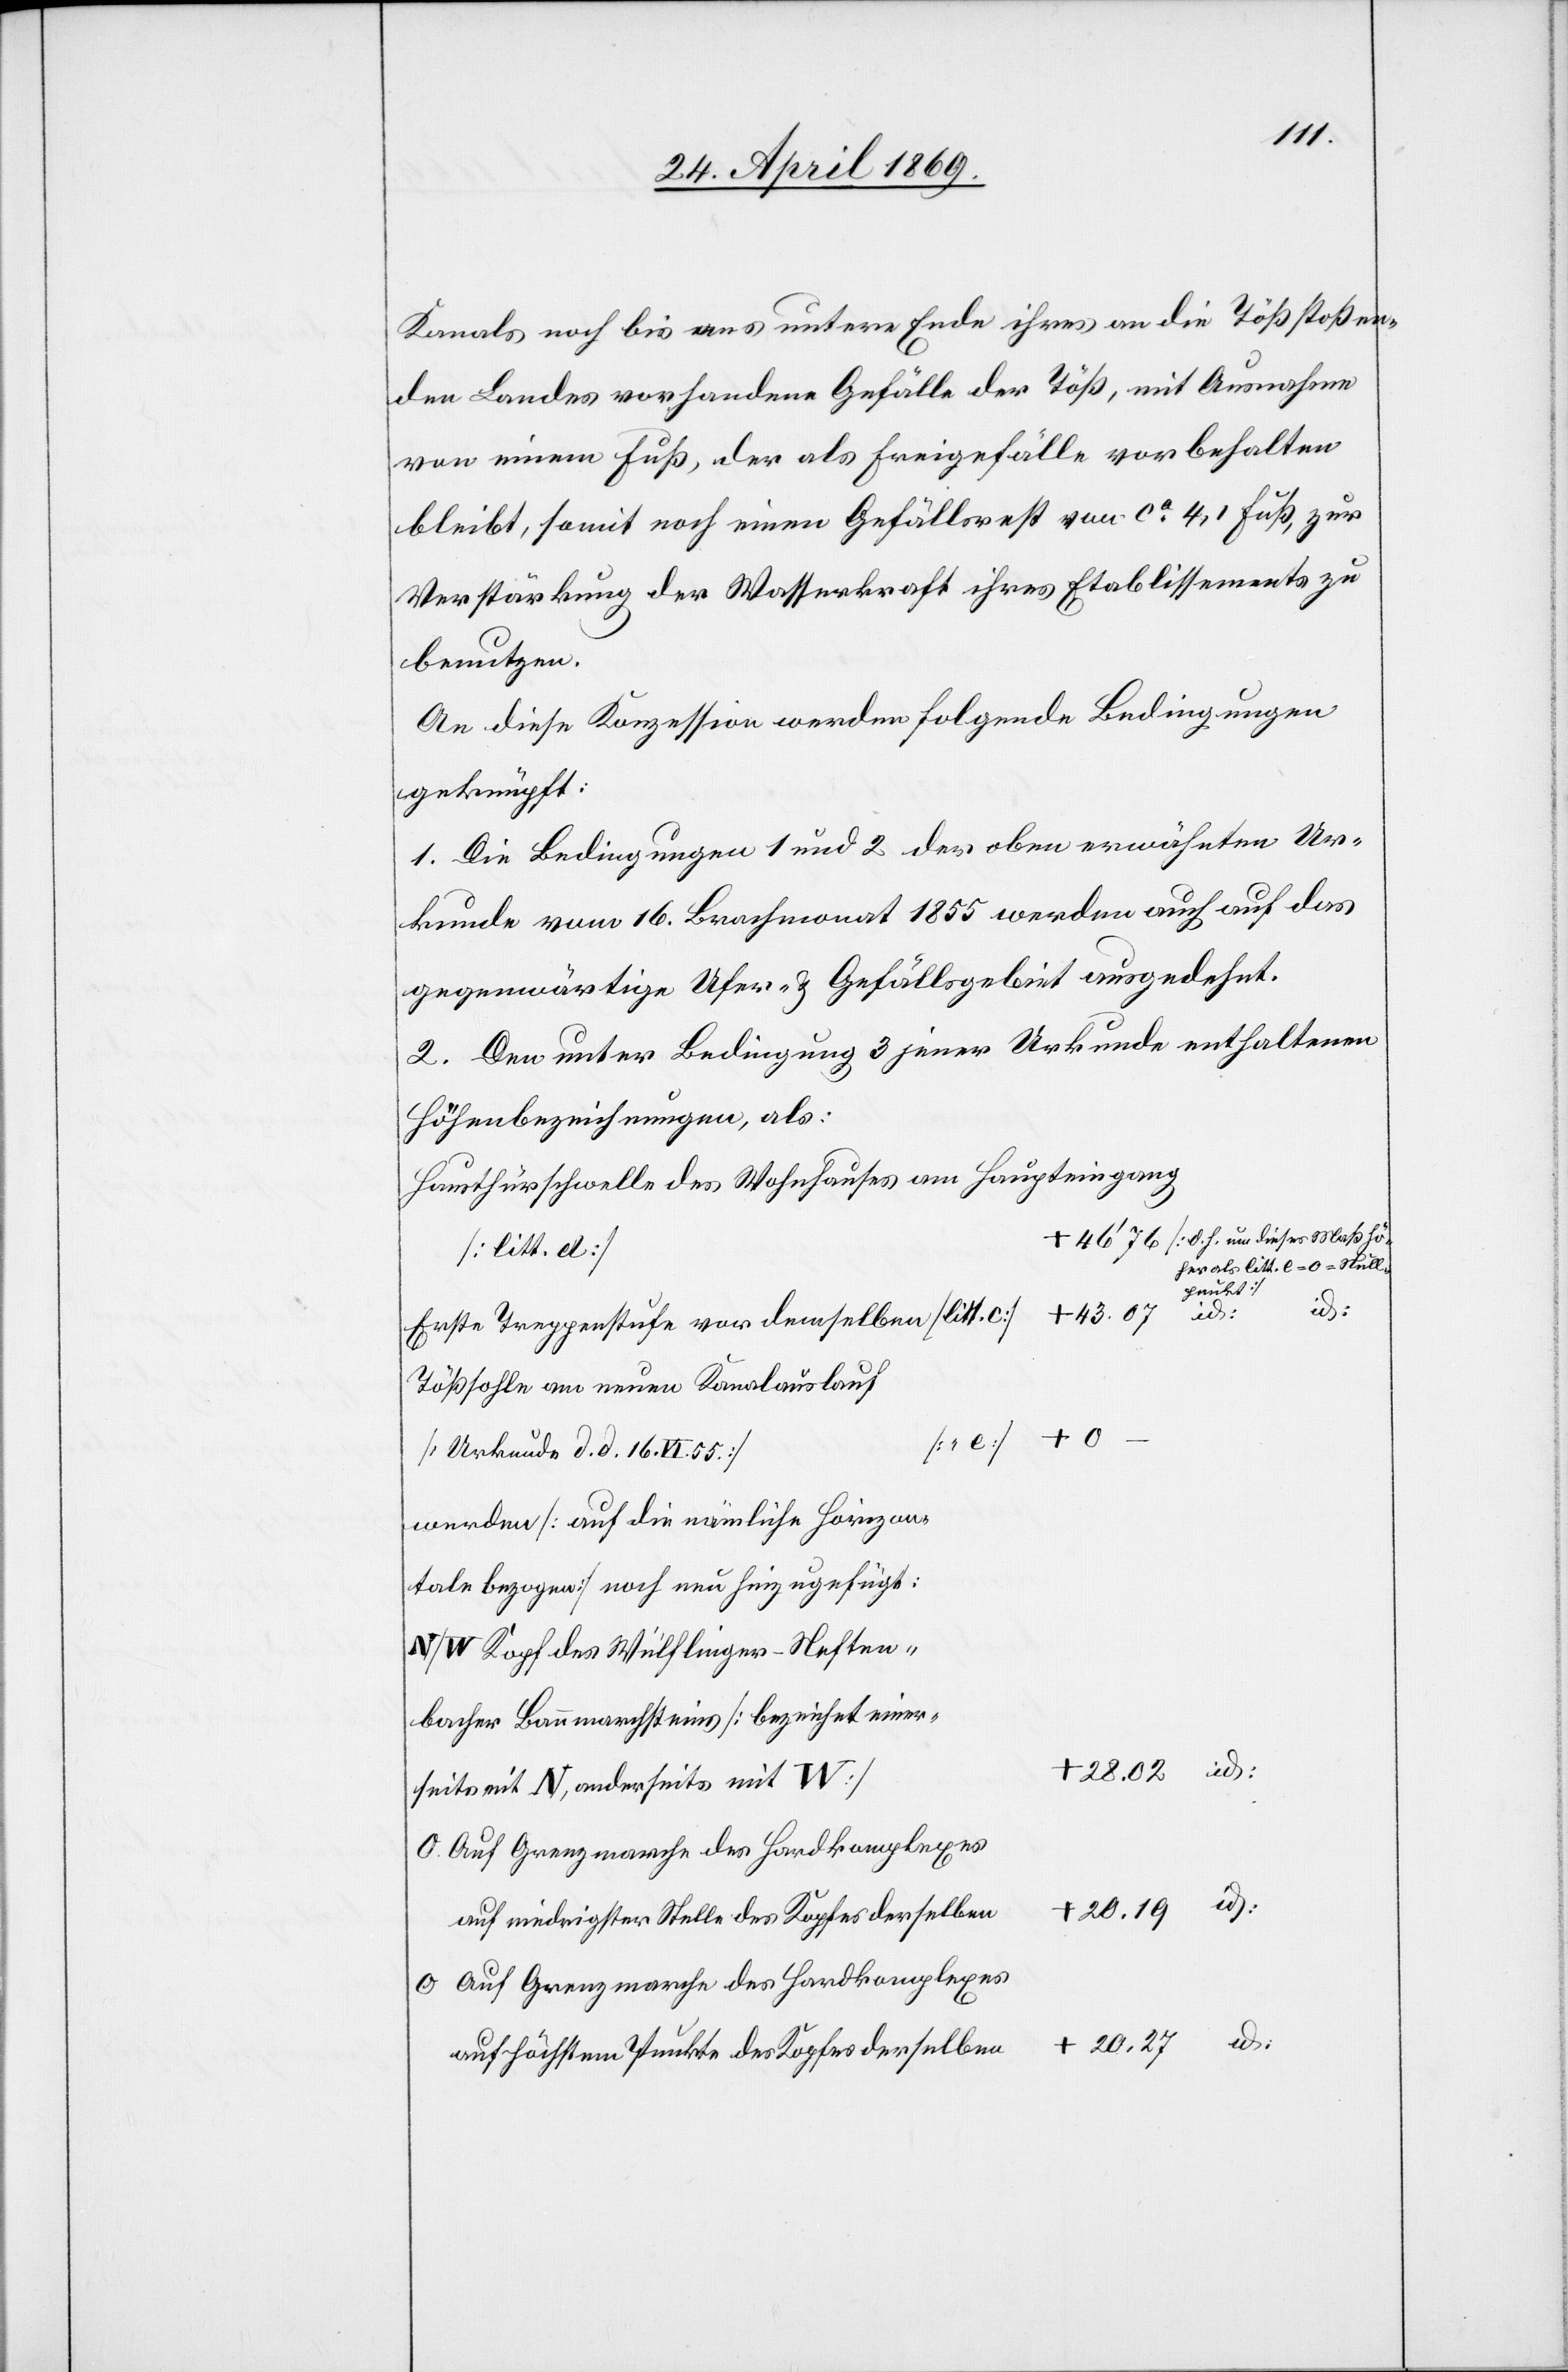
n		+
Kanals noch bis ans untere Ende ihres an die Töß stoßen¬
den Landes vorhandene Gefälle der Töß, mit Ausnahme
von einem Fuß, der als Freigefälle vorbehalten
bleibt, somit noch einen Gefällsrest von ca 4,1 Fuß, zur
Verstärkung der Wasserkraft ihres Etablissements zu
benutzen.
An diese Konzession werden folgende Bedingungen
geknüpft:
1. Die Bedingungen 1 und 2 des oben erwähnten Ur¬
kunde vom 16. Brachmonat 1855 werden auch auf das
gegenwärtige Ufer- u. Gefällsgebiet ausgedehnt.
2. Den unter Bedingung 3 jener Urkunde enthaltenen
Höhenbezeichnungen, als:
Hausthürschwelle des Wohnhauses am Haupteingang
46’76 [d. h. um dieses Maß höher
litt. e
erste Treppenstufe vor demselben [litt: c.]		+ 43.07 id: id:
Tößsohle am neuen Kanalauslauf
bacher
[Urkunde d. d. 16 VI. 55]
werden [auf die nämliche Horizontale
bezogen] noch neu hinzugefügt:
N/W Kopf des Wülflingen-Neften¬
mit N, anderseits mit
auf niedrigster Stelle des Kopfes derselben		+
O. Auf Grenzmarche des Hardkomplexes
auf höchstem Punkte des Kopfes derselbe¬